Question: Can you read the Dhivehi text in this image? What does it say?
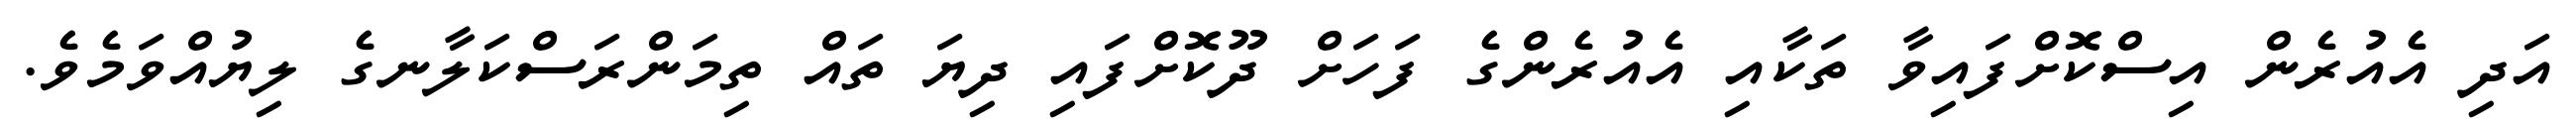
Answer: އަދި އެއުރެން އިސްކޮށްފައިވާ ތަކާއި އެއުރެންގެ ފަހަށް ދޫކޮށްފައި ދިޔަ ތައް ތިމަންރަސްކަލާނގެ ލިޔުއްވަމެވެ.